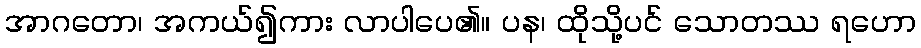
အာဂတော၊ အကယ်၍ကား လာပါပေ၏။ ပန၊ ထိုသို့ပင် သောတဿ ရဟော